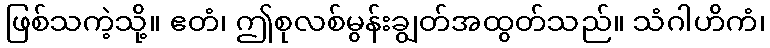
ဖြစ်သကဲ့သို့။ ဧတံ၊ ဤစုလစ်မွန်းချွတ်အထွတ်သည်။ သံဂါဟိကံ၊